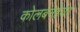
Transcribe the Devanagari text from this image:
कोलबनहेयर